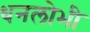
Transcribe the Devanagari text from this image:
धनलोभी